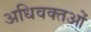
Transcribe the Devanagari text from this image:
अधिवक्तओं